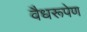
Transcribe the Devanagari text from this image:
वैधरूपेण